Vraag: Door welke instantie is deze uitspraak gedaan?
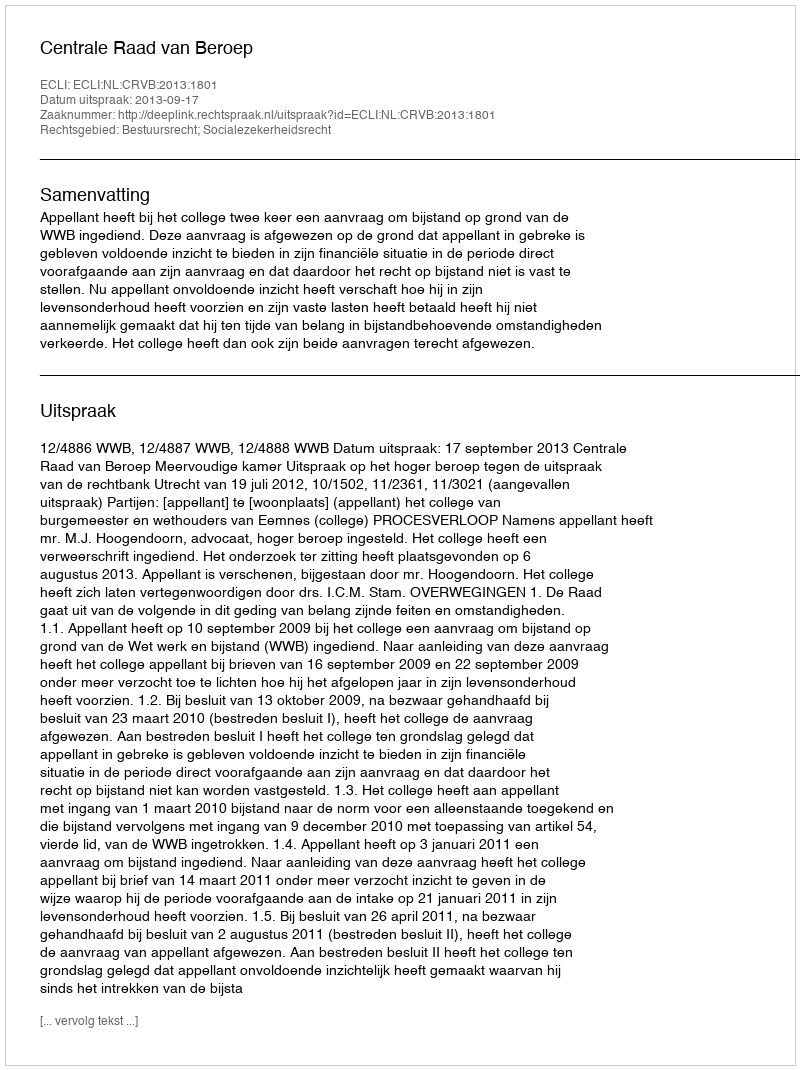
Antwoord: Centrale Raad van Beroep